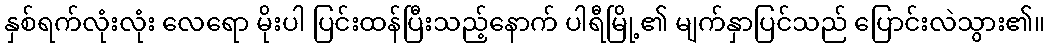
နှစ်ရက်လုံးလုံး လေရော မိုးပါ ပြင်းထန်ပြီးသည့်နောက် ပါရီမြို့၏ မျက်နှာပြင်သည် ပြောင်းလဲသွား၏။